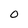
Character: O